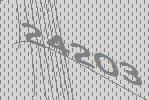
24203